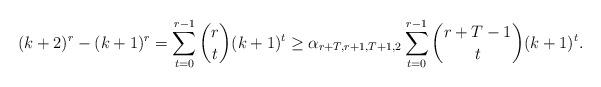
LaTeX: \begin{align*} (k+2)^r-(k+1)^r =\sum^{r-1}_{t=0}\binom {r}{t}(k+1)^t \geq \alpha_{r+T,r+1,T+1,2}\sum^{r-1}_{t=0}\binom {r+T-1}{t}(k+1)^t.\end{align*}